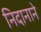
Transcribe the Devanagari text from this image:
निदानाने